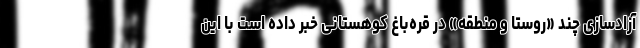
آزادسازی چند «روستا و منطقه» در قره‌باغ کوهستانی خبر داده است با این